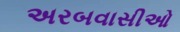
અરબવાસીઓ